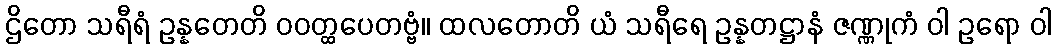
ဌိတော သရီရံ ဥန္နတေတိ ဝဝတ္ထပေတဗ္ဗံ။ ထလတောတိ ယံ သရီရေ ဥန္နတဋ္ဌာနံ ဇဏ္ဏုကံ ဝါ ဥရော ဝါ